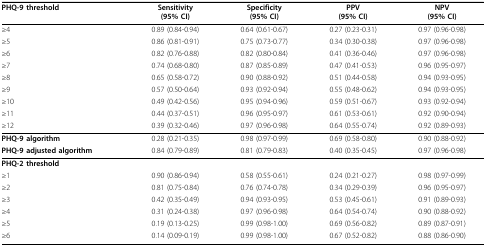
<table><thead><tr><td><b>PHQ-9 threshold</b></td><td><b>Sensitivity(95% CI)</b></td><td><b>Specificity(95% CI)</b></td><td><b>PPV(95% CI)</b></td><td><b>NPV(95% CI)</b></td></tr></thead><tbody><tr><td>≥4</td><td>0.89 (0.84-0.94)</td><td>0.64 (0.61-0.67)</td><td>0.27 (0.23-0.31)</td><td>0.97 (0.96-0.98)</td></tr><tr><td>≥5</td><td>0.86 (0.81-0.91)</td><td>0.75 (0.73-0.77)</td><td>0.34 (0.30-0.38)</td><td>0.97 (0.96-0.98)</td></tr><tr><td>≥6</td><td>0.82 (0.76-0.88)</td><td>0.82 (0.80-0.84)</td><td>0.41 (0.36-0.46)</td><td>0.97 (0.96-0.98)</td></tr><tr><td>≥7</td><td>0.74 (0.68-0.80)</td><td>0.87 (0.85-0.89)</td><td>0.47 (0.41-0.53)</td><td>0.96 (0.95-0.97)</td></tr><tr><td>≥8</td><td>0.65 (0.58-0.72)</td><td>0.90 (0.88-0.92)</td><td>0.51 (0.44-0.58)</td><td>0.94 (0.93-0.95)</td></tr><tr><td>≥9</td><td>0.57 (0.50-0.64)</td><td>0.93 (0.92-0.94)</td><td>0.55 (0.48-0.62)</td><td>0.94 (0.93-0.95)</td></tr><tr><td>≥10</td><td>0.49 (0.42-0.56)</td><td>0.95 (0.94-0.96)</td><td>0.59 (0.51-0.67)</td><td>0.93 (0.92-0.94)</td></tr><tr><td>≥11</td><td>0.44 (0.37-0.51)</td><td>0.96 (0.95-0.97)</td><td>0.61 (0.53-0.61)</td><td>0.92 (0.90-0.94)</td></tr><tr><td>≥12</td><td>0.39 (0.32-0.46)</td><td>0.97 (0.96-0.98)</td><td>0.64 (0.55-0.74)</td><td>0.92 (0.89-0.93)</td></tr><tr><td><b>PHQ-9 algorithm</b></td><td>0.28 (0.21-0.35)</td><td>0.98 (0.97-0.99)</td><td>0.69 (0.58-0.80)</td><td>0.90 (0.88-0.92)</td></tr><tr><td><b>PHQ-9 adjusted algorithm</b></td><td>0.84 (0.79-0.89)</td><td>0.81 (0.79-0.83)</td><td>0.40 (0.35-0.45)</td><td>0.97 (0.96-0.98)</td></tr><tr><td><b>PHQ-2 threshold</b></td><td></td><td></td><td></td><td></td></tr><tr><td>≥1</td><td>0.90 (0.86-0.94)</td><td>0.58 (0.55-0.61)</td><td>0.24 (0.21-0.27)</td><td>0.98 (0.97-0.99)</td></tr><tr><td>≥2</td><td>0.81 (0.75-0.84)</td><td>0.76 (0.74-0.78)</td><td>0.34 (0.29-0.39)</td><td>0.96 (0.95-0.97)</td></tr><tr><td>≥3</td><td>0.42 (0.35-0.49)</td><td>0.94 (0.93-0.95)</td><td>0.53 (0.45-0.61)</td><td>0.91 (0.89-0.93)</td></tr><tr><td>≥4</td><td>0.31 (0.24-0.38)</td><td>0.97 (0.96-0.98)</td><td>0.64 (0.54-0.74)</td><td>0.90 (0.88-0.92)</td></tr><tr><td>≥5</td><td>0.19 (0.13-0.25)</td><td>0.99 (0.98-1.00)</td><td>0.69 (0.56-0.82)</td><td>0.89 (0.87-0.91)</td></tr><tr><td>≥6</td><td>0.14 (0.09-0.19)</td><td>0.99 (0.98-1.00)</td><td>0.67 (0.52-0.82)</td><td>0.88 (0.86-0.90)</td></tr></tbody></table>